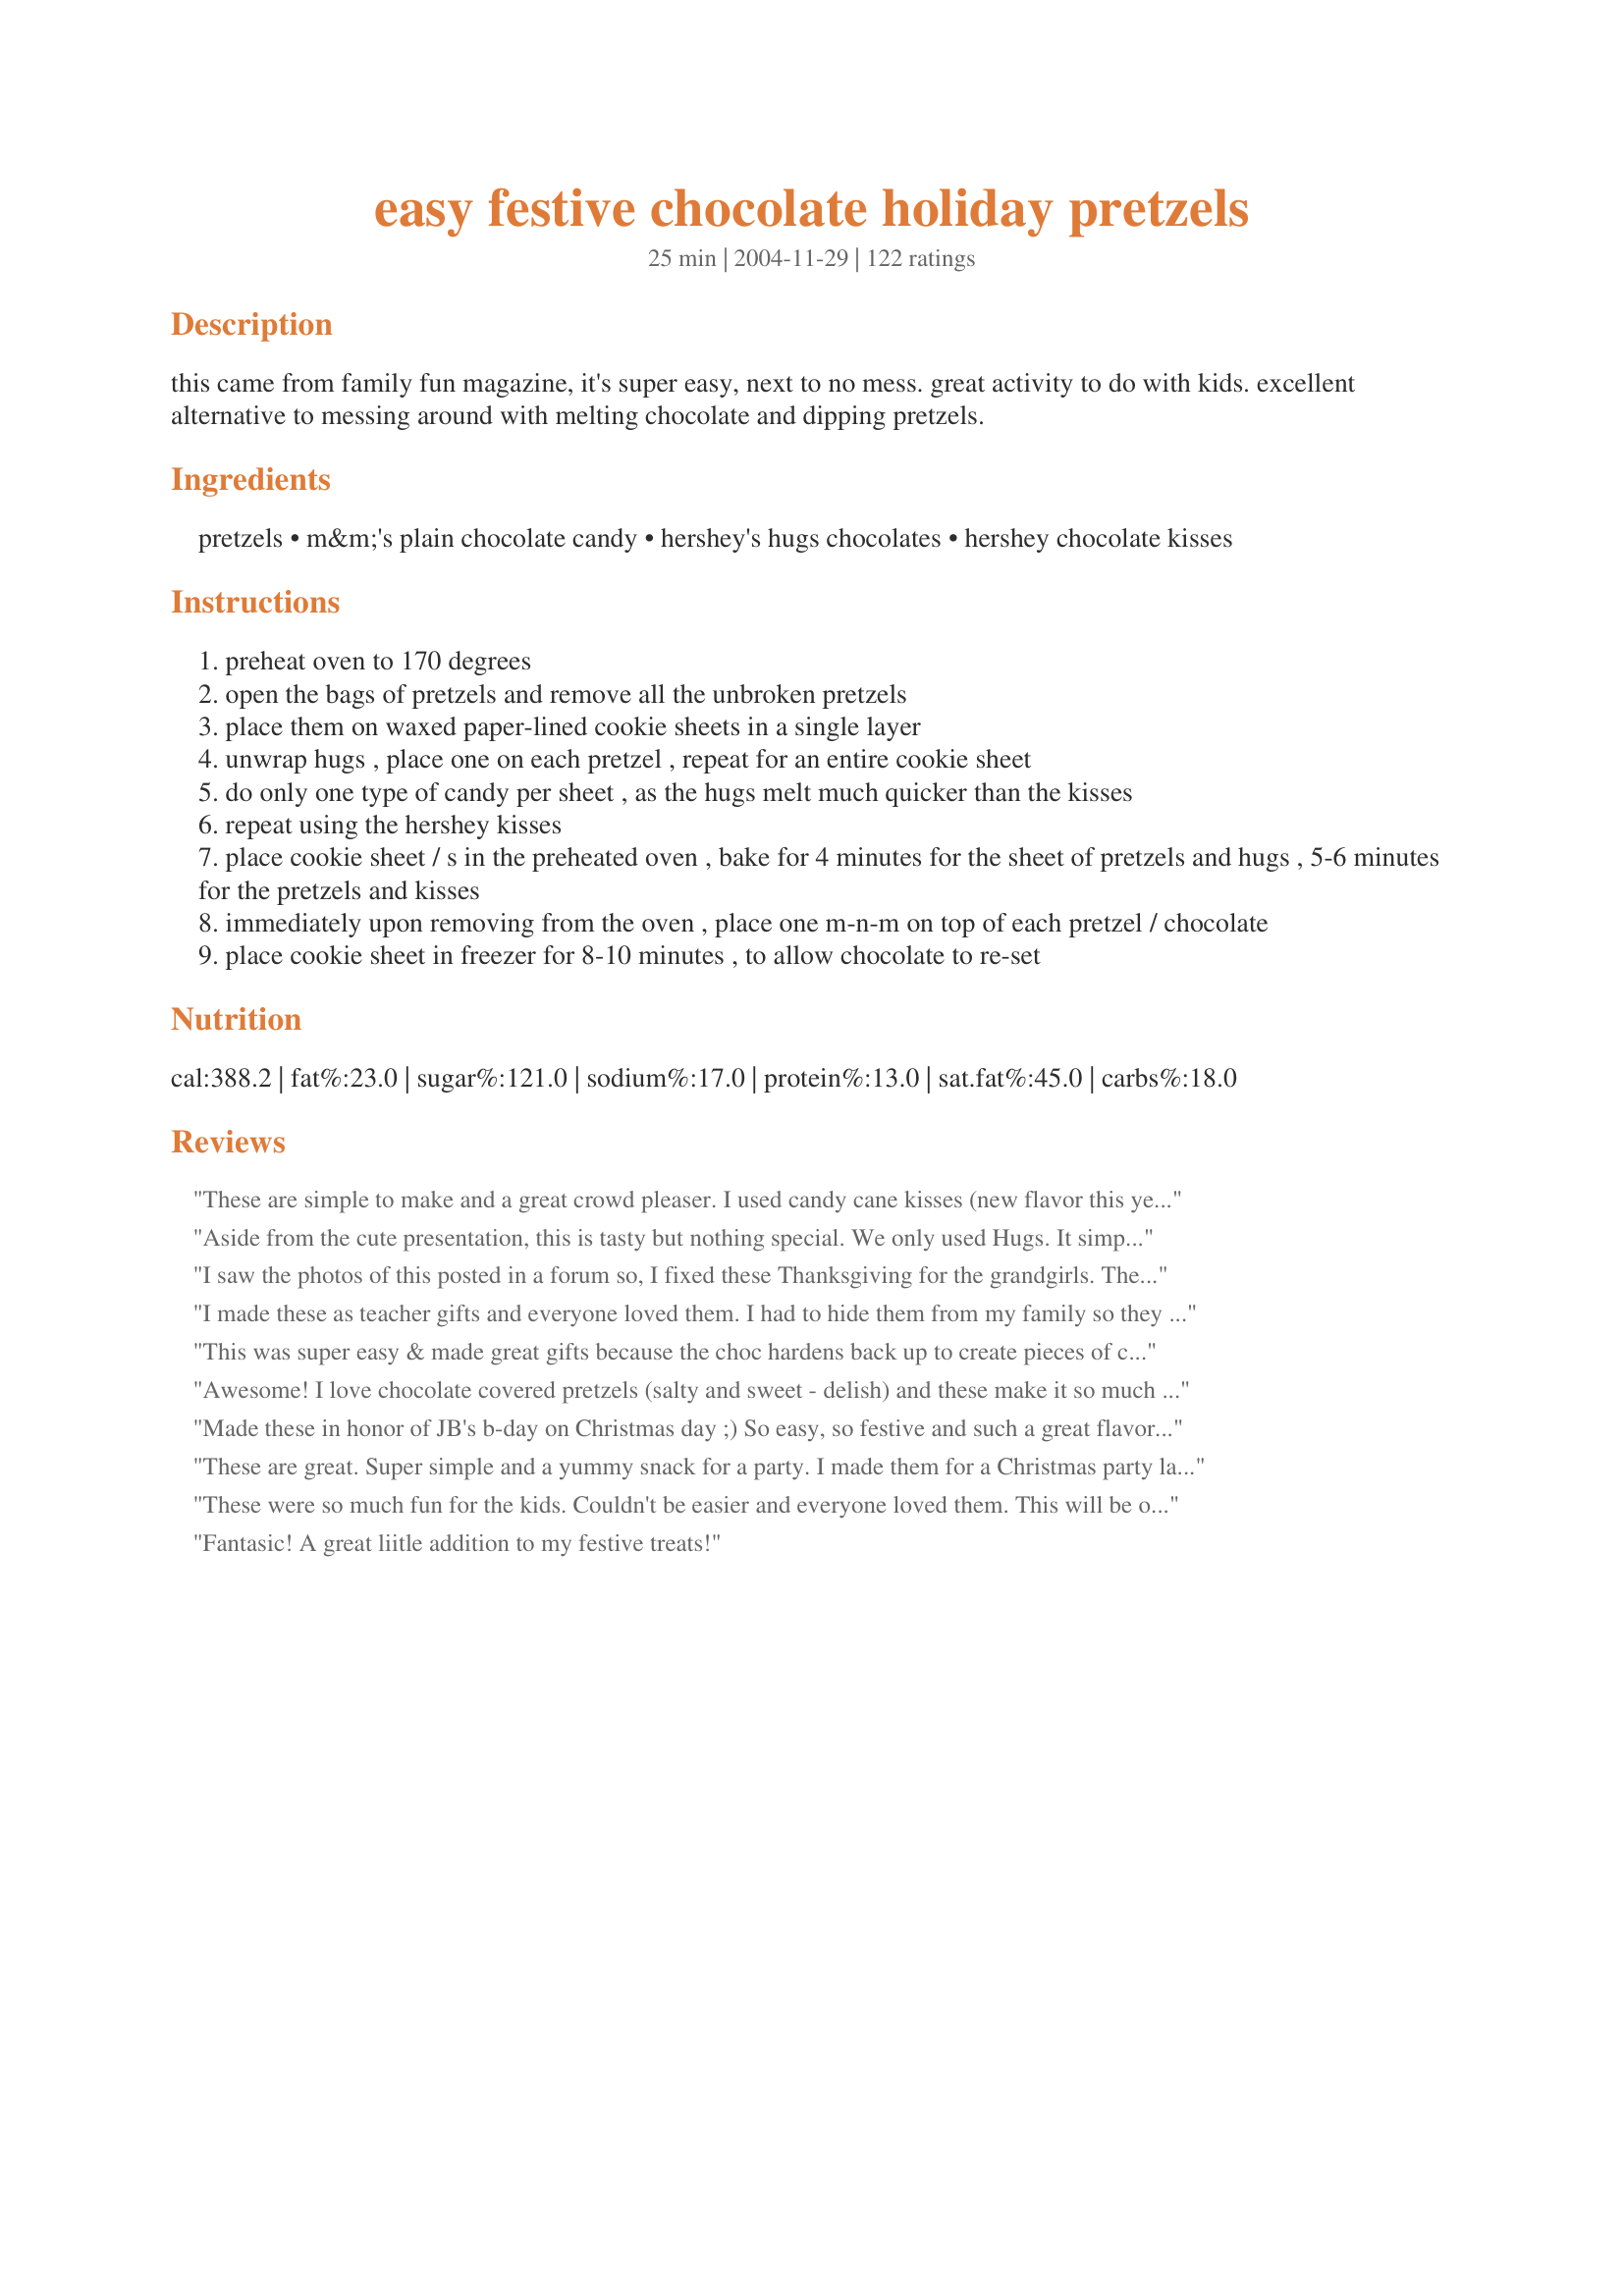
easy festive chocolate holiday pretzels
Preparation time: 25 minutes

this came from family fun magazine, it's super easy, next to no mess. great activity to do with kids. excellent alternative to messing around with melting chocolate and dipping pretzels.

Ingredients:
pretzels, m&m's plain chocolate candy, hershey's hugs chocolates, hershey chocolate kisses

Steps:
preheat oven to 170 degrees
open the bags of pretzels and remove all the unbroken pretzels
place them on waxed paper-lined cookie sheets in a single layer
unwrap hugs , place one on each pretzel , repeat for an entire cookie sheet
do only one type of candy per sheet , as the hugs melt much quicker than the kisses
repeat using the hershey kisses
place cookie sheet / s in the preheated oven , bake for 4 minutes for the sheet of pretzels and hugs , 5-6 minutes for the pretzels and kisses
immediately upon removing from the oven , place one m-n-m on top of each pretzel / chocolate
place cookie sheet in freezer for 8-10 minutes , to allow chocolate to re-set

Reviews:
These are simple to make and a great crowd pleaser. I used candy cane kisses (new flavor this year) and everyone raved.
Aside from the cute presentation, this is tasty but nothing special. We only used Hugs. It simply tastes like a pretzel M&amp;M. I suppose the upside is that my kiddos will enjoy making them.
I saw the photos of this posted in a forum so, I fixed these Thanksgiving for the grandgirls. They were a big hit! Oh and the adults loved them too! Very simple and colorful! I used the yellow, and orange M&M's for Thanksgiving, I'll use the red and green for Christmas. Another GREAT keeper! Thanks so much for sharing!
I made these as teacher gifts and everyone loved them. I had to hide them from my family so they would not eat them all.
This was super easy & made great gifts because the choc hardens back up to create pieces of chocolate candy. It looks very festive & impressive presented in a cello bag or glass jar with ribbon. Combinations are endless with dark, milk & white kisses, but avoid kisses with creme or nuts inside. I topped various batches with either candy-coated-mini-kisses, almonds, macadamia nuts, pistachio nuts, and dark/white choc chips. This one is a go-to gift recipe!
Awesome! I love chocolate covered pretzels (salty and sweet - delish) and these make it so much easier and look so festive! This will be an annual "cookie" for sure. Thanks so much for sharing!
Made these in honor of JB's b-day on Christmas day ;)
So easy, so festive and such a great flavor combo. We tried the caramel kisses too, and both they and the hugs needed at least 5 minutes in my oven. Love 'em - will make them every year.
These are great. Super simple and a yummy snack for a party. I made them for a Christmas party last year and intend on doing the same this year. Everyone loved them.
These were so much fun for the kids. Couldn't be easier and everyone loved them. This will be one of my gift recipes next year.
Fantasic! A great liitle addition to my festive treats!
Great! I brought home an empty bowl after I took these to a Christmas party. I couldn't find the right shaped pretzels, but regular knot-shaped pretzels worked just fine. Five minutes was perfect in my oven- the kisses were shiny, but held their shape until the M&M's were pressed into them. I'm planning to try the peanut butter kisses for a New Year's Eve party. I know I'll use this recipe again and again- thanks for sharing!
These treats were really colourful and fun to eat. I made them with my hubby and we found it challenging, getting the m&m into the melted kiss without burning our fingers. I don't think I would do this recipe with young children. We put these in Christmas tins and gave them as gifts. Thanks!
One of the best, simplest treats that I make every year for Christmas.
This was AWESOME!!!! We loved making it and is was so easy for my 8 and 9 yrs old to help with and EVERYONE loved it so much!
I've been making these every Christmas for about 5 years--we call them "Tiddly-winks" at our house. Will def try the caramel and pecan version soon!
I finally gave these 5 stars after having two very bad starts. First I set up the two sheets (one with kisses and one with hugs) and followed the instructions exactly as given (170 degrees for 4-6 min depending on hugs or kisses) and NOTHING happened, the chocolate did not melt! So I left them in there for 20min and the pretzels started to burn. Next I decided maybe my oven was not getting hot enough (although I've never had that problem before) so I increased the temp to 200 degrees, still no melting, the kisses and hugs just kept their shape sitting on the pretzels. I was determined though, after seeing such beautiful pictures that I went back to the store for more supplies. I bought the melt and mold candy coating chips (their kind of like flat disks) in both milk and white chocolate and repeated the process....SUCCESS AT LAST!!! Now I know what all the fuss was about, they really do taste great! I guess I'll just have to keep using the candy coating method! :) Thanks for the recipe, it realy is great!
Very yummy! I used caramel kisses and hot cocoa kisses. The bottoms of the hot cocoa kisses melted quickly while the tops did not, so i couldnt top the hot cocoa ones with anything. Topped the caramel ones with pecans.
These are wonderful and impressive little treats!! I had very little time, but wanted to make something for our holiday party and these were a hit. Everyone asked how I did it! Thank you!I'm going to try these through out the year with candies of different types and colors.
I hate to leave such a negative review after so many positive ones, but these just did not work out for me. I used just milk and dark chocolate Hershey kisses &amp; had no problem with the initial preparation of baking, melting, and squishing down the kisses with an M&amp;M. I ran into a huge problem when I removed these from the freezer. When I placed these in a baggie for storage, all of the kisses detached from the pretzels. Now, I didn’t forcibly toss them into the bag, but I didn’t delicately place them in there either. I simply removed them from the tray and put them into a Ziploc bag for storage and they all came apart. I had to place them back into the oven to remelt and squish down again. I left them out to resolidify and that seems to work well, but it was a giant waste of time to have to redo everything. My plan was to make a ton of these to bag up and give to coworkers for the holidays, but I am afraid they will all end up with a bag of “naked” pretzels and M&amp;Ms Hershey kisses. I guess it will just seem like festive trail mix, but that’s not what I was going for, and not what this recipe was supposed to do.
This is one of my son's favorite recipes. As soon as he sees a bag of pretzels, he is looking for Hershey's Hugs and M&M's! This recipe is easy to make, pretty to look at and fun to eat. Thanks for sharing.
My six-year old and I have been making this together for 3 Christmases now and it's become one of our traditions! It's so kid-friendly. Also, we use the "O" pretzels, and the hugs melt perfectly inside them to form little discs! This year we put some toffee bits on some of them...Yum!! I look forward to trying the carmel ones!!
SUCH a hit!! we mixed it up with reese's pieces and cookie dough bites. SO GOOD!! I made tons and keep them in the freezer for muchies!! THANK YOU!!
Awesome! I made these for office Christmas gifts! 4 regular kisses, 4 white chocolate hugs and 4 dark chocolate kisses to a xmas ziploc bag! Thanks for an easy yummy idea! Made my life easier this holiday!
Takes a while to unwrap all of the candies but worth the time as the rest of the recipe is super simple. Great to mix up the flavors and colors for all different holiday gifts.
These are great using Rolos and then putting a pecan, walnut, or almond on top. Actually, you can top them with just about anything. If you use the Hershey kiss, top with a dollop of caramel and then a nut, or how about caramel then a piece of SKOR bar...YUM! The options are endless! One of my favorite all time Christmas candies!
Very easy and the perfect sweet and salty combo. I did have to leave my kisses in the oven a bit longer than the recipe directed, but otherwise had no problems. Thanks for posting such a cute recipe.
So easy!! And no clean up!! They were a huge hit as well. I used "butter snaps" pretzels which gave it a buttery, almost coconut-like flavor which was great. Thank you!!
Such a nice candy treat. I make them w/ Rolo candy- will give this a try. I know it will be awesome as well !
Made these for our family cookie day. They were a huge hit!!! Very easy and very good!!!!!
i made these for a bake sale. they are such a cute variation of chocolate covered pretzels, and they are so easy!
These were so great and so easy! Nice and festive and we will surely be using them for all of the holidays. I'm just waiting for Valentines Day to arrive so I have an excuse to make them again! Everyone we gave them to loved them, thanks for posting!
Wow! What else can be said about these? They are just incredible. My daughters and I made these together (it was great to have help unwrapping all those kisses!) and had a ball. We used regular kisses, hugs and caramel kisses (which need about 5 minutes in the oven) and regular, mint, peanut and almond M & M's, along with square store brand pretzels called waffles. One thing I want to mention, after reading another review: Hershey Kisses DO NOT lose their shape when heated. The kisses ARE melted, but look exactly like regular kisses when you take them out of the oven, except they're shiny. Not until you push the M & M's down onto them do they "give". 4 to 6 minutes worked for me, as stated in the recipe. Thanks for posting this awesome recipe! Happy Holidays!
These were adorable little Christmas cookies, and very easy. Thanks!
I made a smaller batch of these with windowpane pretzels. I used regular Hershey's Kisses and the kind with caramel in them. Only the caramel ones turned out. I couldn't get the regular chocolate to melt enough to put the M&M's on. However, the caramel kiss ones are delicious! I will definitely make them again with the caramel Kisses. Thanks for posting.
These were so easy to make, the hardest part was unwrapping all of those hershey kisses. I made these for my Christmas eve table. Everyone loved them. DH's friends came over for a poker game a couple of days later and finished off what I had left so that leads me to believe they thought they were pretty good also. Thanks for posting!
These a great and very easy to do. Great Activity for kids. Thanks for the post!
I too, saw these in Parents Magazine years ago. They are so easy and such a hit! My younger daughter likes this version best. My older daughter likes the "turtle" version made with pecan halves and rolos. Delicious no matter what combinations you use!
These were so yummy and simple to make. I just made a small tray with the kisses to try them out. I have a bag of hugs as well so I will be making them again soon. Thanks for a great recipe.
These look really cute on a candy or cookie tray. My kids really liked them.
These were great. I made these with my sister to bring to school as gifts for my friends. So easy to make, and so good.
I couldn't find the Hugs, but I did buy a bag of Dark chocolates, Caramel, and Kisses. And they worked fine, you just have to watch them as Dark chocolate and Caramel melt faster. Also when you put the m&m on top of the caramel, don't push it down too much or the caramel will spill out.
Thanks. :)
Oh man, I hate to be the one to say something negative....overall I do give these 5 stars for flavour, ease, and visual appeal, however I am disappointed because I made 3 batches to freeze and give away as gifts, but I didn't find these treats have any portability, so I can't use them. 
Mainly, the caramel kisses and white chocolate kisses melted okay, but they never hardened again, which means when I tried to package them up they turned into a gooey (delicious) mess. The almond kisses just never melted enough to "squish" for some reason, so I couldn't put candies on top. These tasted great and would be perfect for if you want to make them and serve them in the same evening, however for packaging up as gifts they did not work for me. Still a super-fun kids recipe though :-) I will make them again with my girls.
What a fantastic, kid-friendly idea! My 7-year-old son and I had fun making these. We didn't use the Hugs, but went with Hershey Bells, Caramel Kisses, and Chocolate Mint Kisses. We also put three mini-marshmallows on top (oriented vertically right next to one another). With the M&M pressed into the marshmallows, they looked like little white flowers. Thanks so much for posting this recipe-- I never would've thought of it.
Among my friends, this recipe is known as PMS medicine. A must have to get through the week. LOL It is wonderful because you usually have the ingredients on hand if you have children in the house. Even more so to try the recipe. LOL A great afternoon snack for your children or a nice finger food to take to school for special parties.
Oh yeah! These are Gooood! Our faves were the caramel filled kisses with a peanut m&m stuck on them. I handed some to friend as she was driving away and she called me 90 seconds later, telling me these were the food of the gods! I believe we have found the cure for PMS!
These are sooo fun! Easy and addicting! We made them once with rolos candies and topped them with pecans, too. Those are like little caramel turtles! yummy!
My kids made these during a sleep over for there youth group. very easy and no cleanup :) Happy kids happy mom. Thanks!
That sounds so good. I think my aunt used to make those
These were easy and delicious. I followed the recipe exactly, no problem with the chocolate kisses. They will keep their shape, even though they're melting, you just have to gently push the M&M down on top of the kiss to flatten it out into the round shape. I made these for company this weekend, but they're almost gone, so I'm going to have to make another batch!
Second time a charm! They turned out perfect
Great addition to my Christmas cookies - I was looking for things my 5 year old could help with - this was perfect! And still quite tasty!!! Thank you!
Delicious and Easy!
My husband took them to the office. He said his employees devoured them in seconds!
This recipe is a keeper!
These were cute, very easy to make, and, once frozen, were portable and so made great holiday gifts. But they were a little too sweet for everyone with all that chocolate on those relatively small pretzels and I think I would have preferred to make them with another pretzel pressed on top instead of the M&M. Five stars for presentation and ease of prep... three for taste.
Another wonderful option for this recipe is to use Hershey&#039;s candy cane kisses. The red and white kiss with a red or green M &amp;M atop, is very pretty...holiday pretty! If you like the candy cane kiss flavor, you&#039;ll love them in this recipe. I cannot claim using the red and white striped kisses as my idea, however. I received a gift treat bag of them from a friend Christmas 2013. Now I&#039;m making it a regular on my list of what to &quot;bake.&quot;
Oh I LOVED LOVED LOVED these little gems. We included these in our 2010 holiday trays and everyone loved them. I really like dipped pretzels but these are so much more festive looking, they are my go to from now on. We used regular kisses and hugs, but next year the kids want to experiment with the different flavors. Thank you so much for sharing this recipe with us.
These are so easy to make! I also have used pretzel rings which work nicely. A way to add some variety is by using different types of Hershey Kisses--caramel, mint, hugs and plain. I've found that the caramel are the favorite! I've also used plain and mint M&Ms...just another way to change it up!
I, too saw this recipe in Family Fun Mazagine. I also tried it and these little morsels are wonderful to eat and easy to make. Parrot Head Mama's directions are easier to follow than the magazine's. Much easier than dipping pretzels!
So fun and easy to make. Very festive looking with very little effort! I love the sweet and salty combination.
Excellent fast easy "cookie"! I hate to bake and had to go to a cookie exchange. Found this recipe! What cold be easier? I added the word "Cookie" to "Easy, Festive Chocolate Holiday Pretzels" just so they were legit at the cookie exchange. (Ha!) Everyone loved them! Thank You Verrrry Muchchch!
These are awesome!
I'm usually not very good with presentation of food, and I often find it difficult to duplicate the 'nice' way that others have created their masterpieces. BUT...not here. This recipe is virtually fail-proof! Even a neophyte like me was able to create treats that looked store-bought! What a great treat! The kiddies are going to love this!
These are wonderful!! A huge hit with the family and friends. A definite repeat...
This was fun, easy and delicious! Actually, is there a category for "to die for"? :)
These were so easy & so yummy!! I think we'll make some more of these this weekend.Thanks for sharing!
It's true--SUPER EASY and no cleanup! Perfect for making with my four-year-old. I used wheel-shaped and checkerboard pretzels. You can stick just about anything on top--I used Hershey's Mini Kisses instead of M&Ms; they taste the same but make a cute Dr. Seuss-like point. Nuts would be good too. I made a handful in the toaster oven when I just wanted a little snack.
Love this recipe. It&#039;s easy and fun to make with the kids especially when preparing to go see family for a holiday or party. Found that they travel better when cooled for a while on a cooling rack and then in the fridge over night before freezing as it lets the chocolate harden before going into the freezer, but kids had a blast helping make it and enjoy sharing their special treats with everyone.
These were so easy and fun to make with the kids. Great for people that love pretzels and chocolate. A huge hit this Christmas. Thanks for posting.
Very easy and they tasted pretty good too! I wrapped up 30 or so into individual green saran wrap and gave them out as gifts. Thanks a lot for a great idea!
I made these to add to my cookie trays and I love how easy and cute they are! It's nice to have a break from actual baking! I used regular, caramel, candy cane and mint truffle kisses and they all turned out great. Love the idea of putting a pecan for the caramel kisses, I have another bag of pretzels to use up so I'll be doing that! Thanks for the wonderful recipe!!
These were great. My husband loves chocolate-covered pretzels. I used Hershey's Dark Chocolate kisses and no M&Ms. Only took 5 mins to "melt" the chocolate. I didn't like the peaks so I just tapped the top of the melted kisses peak with a plain pretzel, and the peak broke and the melted kiss became a nice disk shape. :) Thanks for a great, easy recipe.
We make these to add some color to our cookie trays every year. We use the candy cane flavored kisses - the mint, chocolate, and saltiness of the pretzels are a great combination. These also freeze very well. We love how many you can get done in just a few minutes.
Super Easy, Super Delicious! I made these for our Church's teen Christmas party. They looked like festive Christmas lights. I used the "to go" bags of Hershey's kisses (they are smaller and unwrapped) and peanut butter m&ms. I will definitely make these again. Thanks for a great recipe.
Everyone loved these. I used caramel kisses, and the red and green m&m's. Nothing better than salty, crunchy, chocolate(~until you add the caramel kisses/or rolos!) They also look festive. And so easy! I think this would be a fun rainy day project with the kids. I will make again and again. Thankyou!
I made these tonight to divvy up into baggies to give to co-workers and the staff in my apartment building. Very easy, aside from having to peel open all the kisses.
What else can I say? These were easy and delicious with a nice salty/sweet flavor. They are a hit wherever I take them. They look festive, too. Thank you for the recipe!
Very easy to do. There was one guy who was amazed these were hershey kisses as he swore he didn't like kisses, but he loved these. Besides the Hugs and plain Kisses I also used the caramel kisses and heated them in the oven for about 5 minutes then pressed a quarter of a pecan on top. The caramel ones were my husbands favorites. I'm getting ready to make another batch with the kids and we have some mint M&M we are going to try out on the Hugs and Kisses. Happy baking!
Very easy to make. My kids pretty much made them by themselves to give as gifts. 
Tasty too!
Did not work well with caramel kisses. Once the Kiss became soft enough to press the M&M into it, the caramel was liquid and oozed out everywhere. I'll stick to milk or dark chocolate kisses in the future.
WE LOVE THESE! And so did everyone we gave them to this year. My teen daughter helped to make these for our holiday "gifts" along with other cookies. This recipe was so easy and they are such a great alternative to baking. We kept testing one on the cookie sheet to see when they were ready to take out, so that they were soft enough to "squish" down. We also made caramel ones too - both types were a huge hit by everyone that had them. THANK YOU FOR THE GREAT RECIPE!!!
I made a similar kind for Halloween (Owl's Eyes) which were a HUGE hit, so I made these for Christmas and put them in baskets along with other goodies. People loved them!! I called them Stained Glass Windows. They are SOOO easy to make.
Thank you!
Very quick and easy! Thank you for sharing.
Very easy to do, next to no clean up and the kids can help! We did three batches, one with kisses, one with hugs and one with the hershey kisses with carmel inside. It was so cold here tonight, I just put them on the deck to cool off. We will be making another batch soon, thanks for sharing!
I made these for my students to have at our holiday party. They were not sure of them at first, but everyone loved them. I agree that they were so easy, and the kids allll wanted the recipe. Thanks so much for sharing!
Very tasty and not to mention SO easy! I made a small batch with one bag of Hugs and everyone loved them. They are all asking for the recipe! Thanks for the treat!
I made these as a quick treat for my son and some friends he had over (didn't make the full recipe). They are simple, quick, cute, and delicious--can't beat that combination! :) Thanks for posting the recipe!
My husband scoffed at the recipe when he saw it. He's now singing a different tune, having tried them. Did mine in the microwave (1 minute to soften the chocolate) and topped them with peanut M&Ns. Quick, tasty, no muss, no fuss, no cleanup! I don't consider putting a small piece of waxed paper on a paper plate and then tossing the waxed paper to be clean up.
These are so easy to make and delicious treats any time of the year. Great for office parties, too.
I have been making these for several years now and they are always a hit at events and gift giving. I just made these this week for the school science fair and made some with the Hersheys Caramel Kisses and Dark Chocolate Kisses.Many parents raved about the caramel ones and didn't want to share with the kids. LOL!
Finally! I've found a recipe for these! One of my favorite desserts!!! THANK YOU SO MUCH!!!
I did these last christmas but used a rolo with a pecan half, these were gobbled up first and everyone loves them.. thanks for sharing the kisses and m&m's on yours. Will be making ours both ways this christmas.

This is a super easy snack that is a great hit with the young and old. It saves well in an airtight container and can be enjoyed for a few days after your party or event. I did them in a 350 degree oven but had to watch them continuously but they were fast and fun! ChefDLH
So great and easy.
I made these last night and my kids can't get enough of these. It looks like I'll be making a lot more of these if I want to have any left for the platters I make for my husbands contractors. They are wonderful, Thanks for a real easy treat!
I found with the Hugs I had to bake them at 170 for 6 to 7 minutes. During the Holidays these work really well with the pretzel rings. I also tried a batch with the caramel kisses and pecan halves. Those worked ok at 170 for 4 minutes. Other recipes I have seen use 350 degree oven at 4 minutes for the Hugs.
So easy and so so good. My only problem was the unsteady hand from all the coffee I had early made it kind of difficult to get the M&M's in the center. LOL :) Made w/ caramel kisses YUMMY
These were so easy! A lot easier than dipping pretzels. I tried Carmel and Peanut Butter Kisses as well. The carmel turned out ok but the peanut butter were a bit messy and didn't re-set very well
I love both the ease of the recipe and the end result. They taste great!
I messed up, and preheated the oven to 350 degrees. I realized it immediately after putting the pretzels into the oven, and turned the oven off. I left them in 2 1/2 minutes, and they were perfect. I used toffee Hershey kisses, and they were a wonderful combination to the pretzels. Thanks for posting such a fun treat that the kids can help make!
These were so tasty! My husband's co-workers loved them.
Great and easy. People are amazed. Great gift for teachers and neighbors.
You have NO IDEA how easy you made my life by posting this little recipe of yours.. For the first time ever, I was able to include my 3 boys in helping make cookies for the trays we sent out for Chirstmas and NOT be overly anal on how the cookies looked. They came out PERFECT and looked amazing.. The best part is that they tasted DARN GOOD too.. :) Thanks for sharing.. :)
I have my first wonderful memories of Christmas cooking with my 2 1/2 DD making these treats. I umwrapped the kisses (I used the caramel kind) and she placed them on the pretzels. When they were warmed she also helped to stick the M&Ms in. She was so excited and I enjoyed the whole experience.
 As to proportions-I did notice that you really need 2 bags of kisses for every bag of pretzels. I only bought one bag of kisses and used 1/2 one bag of pretzels.
I made these along with some other things for gift bags and they were certainly easy. They were a big hit. I also used caramel kisses and used a walnut instead of the m&m's and they were yummy. It is certainly a keeper!!
Carmel kisses with a pecan half were our favorite. The kids loved helping. It's hard to go wrong with a treat that has just the right amount of chocolate and salt.
So simple and clever! I brought some into the office, and they disappeared.
Addictive!!
I used the limited edition candy cane Kisses, Hugs, and milk chocolate Kisses, topped with holiday colored Kissables.
The only tedious part is unwrapping all the Kisses!
These are supposed to last until Christmas Eve, but I seriously doubt they will.
The salty pretzels and sweet chocolate send me over the moon!
Great recipe, wish I'd tried it sooner!
I used windowpane pretzels, Kisses, and M&Ms. I love this recipe because it's inexpensive and makes a ton! I only needed to put two cookie sheets in the oven and I made 130 of them! I still have 1/2 a bag of pretzels and 1/2 a bag of M&Ms left!
These are fantastic little finger foods. I actually found that I had to cook the Hugs longer than the Kisses because the chocolate didn't bake as quickly. 

Perfect in my medley of Christmas goodies!
So easy and impressive looking. Can't wait to try them with the caramel kisses. Thanks!
Yep, 70 well deserved 5 Star ratings already! I made these with my grandson last night and at 5 years old he was able to help me with the whole thing. The pan was a little hot coming out of the oven at first, but it cooled down long before the Hershey's Kisses did so he was able to help push the M&M's into them. We had a blast and the Holiday Pretzel's were a great combination of sweet and salty. DELICIOUS!
These are GREAT! I substituted a bag of Kraft caramels for the M & M's and pecan halves for the Hershey Hugs and Kisses. These were like little "turtles".
Thanks so much! This was the first thing I've ever made with my kids for the holidays and they loved it! So did I! No mess and they come out so yummy! I used dark chocolate kisses, peppermint kisses, and hot cocoa kisses...they all worked great! I think I'll try this for Halloween with Reese's pieces too!
Christmas Variation: Use the HERSHEY'S KISSES Candy Cane Flavored Candies and top with red or green M&M's for a festive Chistmas treat. My granddaughters (4&6) helped me make these at Thanksgiving. They liked them so much they requested we make them again for Santa!
Yummy, yummy! These are sooo addictive! Big hit at the office as well.
This recipe is perfect to make with little ones and it is so easy. No measuring, no mixing. All four of our children ages 13, 11, 8 and 7 all loved helping. We did have to bake the hugs we used with the pretzels a bit longer, more like 8 minutes. We also used chocolate caramel kisses and they made the pretzels taste like turtles! Yummy! We will make these again and they will likely become a family tradition.
Really goo and very easy.
A few years ago, my friends, who at the time were the most hyper ADD 14 year olds ever, successfully made these for a Christmas party! I think I ate most of the batch... I might be making them for a party this year. You can get creative and use different small candies, nuts, large sprinkles or different varieties of M&Ms on top.
These were very good! I did find that the bake times for both types of kisses needed to be the same or else the hugs would not squish down from the M&M very well, and also tended to pop free from the pretzel with just the slightest touch. Although I enjoyed them a lot, they weren't as popular at our holiday get together as I had hoped. This recipe does make quite a lot- perhaps if I make these again, I will do much less of a recipe so there won't be as many left over. But thanks for posting!
These are wonderful! Everyone loved the salty/sweet combination of these tasty little treats. I used caramel and pecan halves. Can't wait to try the other combinations. Thanks for sharing, Parrot Head Mama!

These were very easy to make, and pretty addicting once you started eating them. Next time I will probably get more adventurous and try some of the new kisses flavors, or use a Rolo with a pecan on top instead of an M&M.
Love it! Super easy, very tasty - I love the combination of salty/sweet. I cut way back as I'm making a lot of other sweets as well, so I only used one bag of kisses, but that made plenty!
These were great! The only change I made was that I made them in the microwave. Our oven was being used at the time I wanted to make them, so I just used the microwave. It only took 2 1/2 minutes in the microwave for 10 pretzels. Great recipe! Thanks for posting.
I do the same thing but I use the chocolate candy melts found in the candy making/craft section of most stores. I like to use the dark chocolate kind, plus it's a little less chocolate on each pretzel AND you don't have to unwrap all those Hershey Kisses!
This is a fun recipe to make with kids. Thanks for a simple, delicious holiday recipe!
